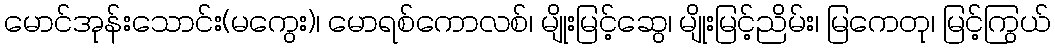
မောင်အုန်းသောင်း(မကွေး)၊ မောရစ်ကောလစ်၊ မျိုးမြင့်ဆွေ၊ မျိုးမြင့်ညိမ်း၊ မြကေတု၊ မြင့်ကြွယ်